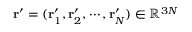
\ensuremath { \mathbf { r } } ^ { \prime } = ( \ensuremath { \mathbf { r } } _ { 1 } ^ { \prime } , \ensuremath { \mathbf { r } } _ { 2 } ^ { \prime } , \cdots , \ensuremath { \mathbf { r } } _ { N } ^ { \prime } ) \in \mathbb { R } ^ { 3 N }